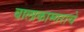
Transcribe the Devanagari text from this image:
बालाकाम्गराचे